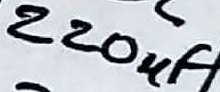
Text: 220µF